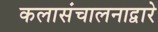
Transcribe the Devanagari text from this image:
कलासंचालनाद्वारे